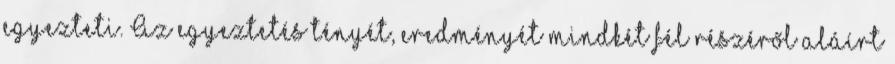
egyezteti. Az egyeztetés tényét, eredményét mindkét fél részéről aláírt